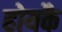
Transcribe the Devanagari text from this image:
होयकै